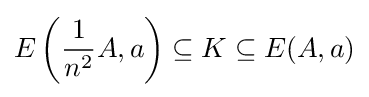
E\left({\frac {1}{n^{2}}}A,a\right)\subseteq K\subseteq E(A,a)